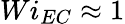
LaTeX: Wi_{EC}\approx 1